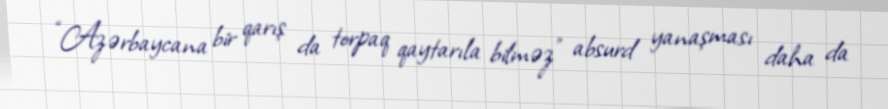
“Azərbaycana bir qarış da torpaq qaytarıla bilməz” absurd yanaşması daha da